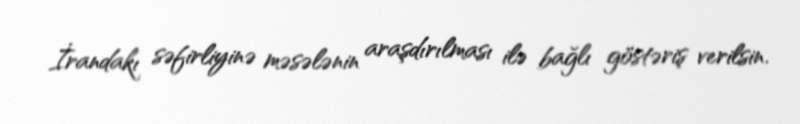
İrandakı səfirliyinə məsələnin araşdırılması ilə bağlı göstəriş verilsin.